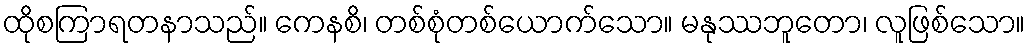
ထိုစကြာရတနာသည်။ ကေနစိ၊ တစ်စုံတစ်ယောက်သော။ မနုဿဘူတော၊ လူဖြစ်သော။